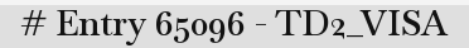
# Entry 65096 - TD2_VISA